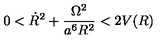
0 < \dot { R } ^ { 2 } + \frac { \Omega ^ { 2 } } { a ^ { 6 } R ^ { 2 } } < 2 V ( R )